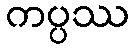
ကပ္ပဿ